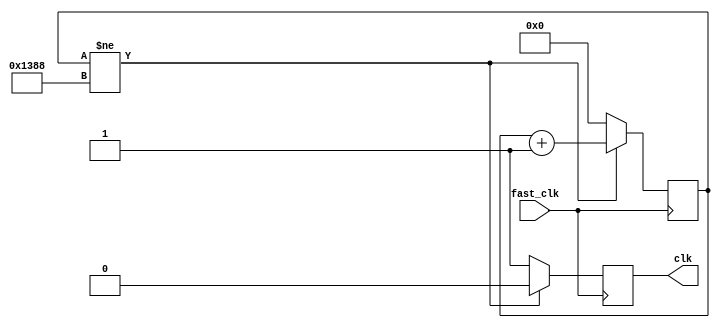
module Clock_divider (
	input fast_clk,
	output reg clk
);
	reg [12:0] counter;
	
	always@(posedge fast_clk) begin
		//Para simulacin usar un valor de 255.
		//Para sintetizar en FPGA usar un valor de 5000.
		if (counter != 5000) begin
			counter = counter + 1'b1;
			clk = 0;
		end
		else begin
			clk = 1;
			counter = 0;
		end
	end
endmodule